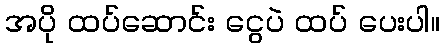
အပို ထပ်ဆောင်း ငွေပဲ ထပ် ပေးပါ။